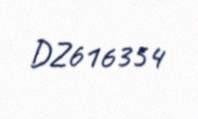
DZ616354